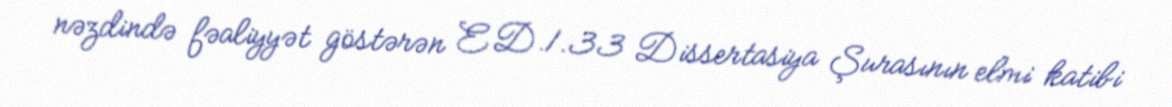
nəzdində fəaliyyət göstərən ED.1.33 Dissertasiya Şurasının elmi katibi